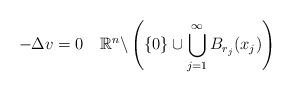
\begin{align*} -\Delta v=0 \quad\mathbb{R}^n \backslash \left(\{0\}\cup\bigcup^{\infty}_{j=1} B_{r_j} (x_j)\right) \end{align*}